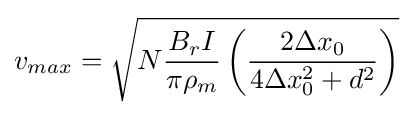
v_{max}={\sqrt {N{\frac {B_{r}I}{\pi \rho _{m}}}\left({\frac {2\Delta x_{0}}{4\Delta x_{0}^{2}+d^{2}}}\right)}}